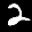
Label: 2